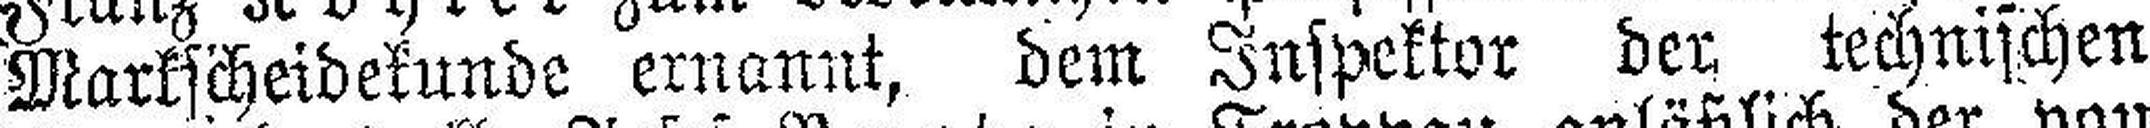
Markscheidekunde ernannt, dem Inspektor der technischen